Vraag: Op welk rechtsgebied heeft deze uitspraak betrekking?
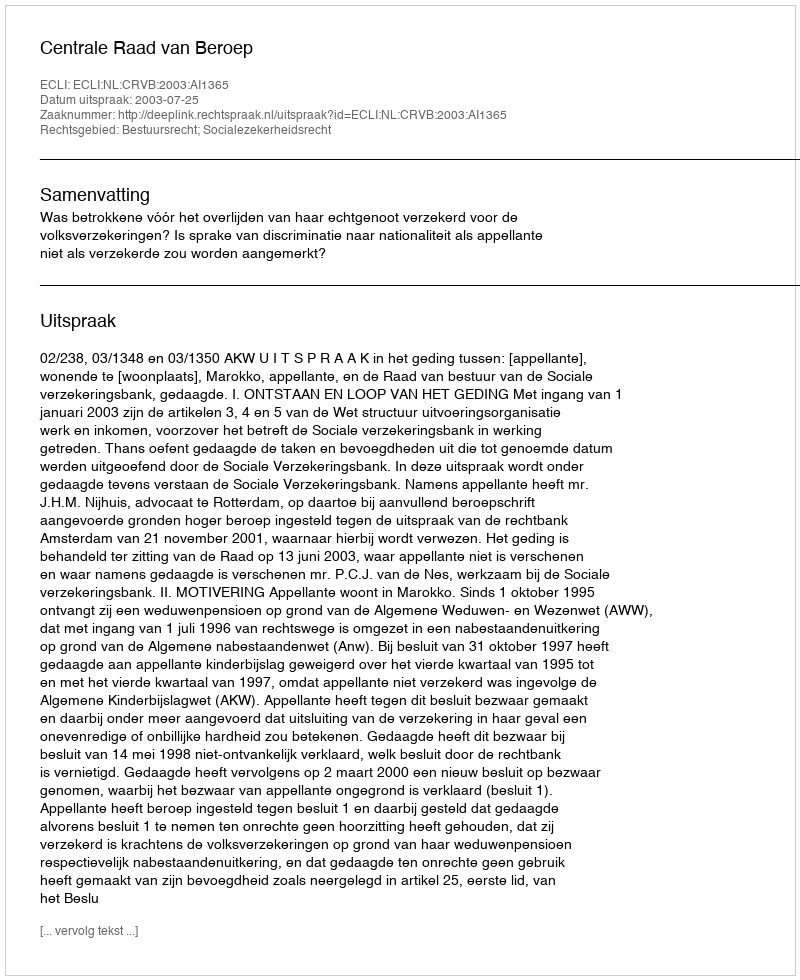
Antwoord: Bestuursrecht; Socialezekerheidsrecht